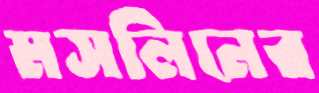
মসলিনের